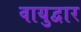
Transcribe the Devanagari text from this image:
वायुद्वार